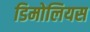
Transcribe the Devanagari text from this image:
डिमोलियस